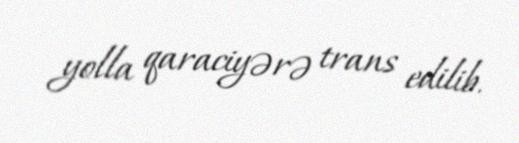
yolla qaraciyərə trans edilib.